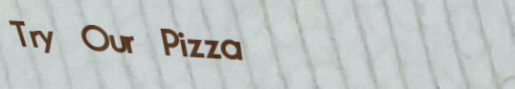
Try Our Pizza